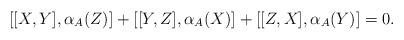
LaTeX: \begin{align*}[[X,Y],\alpha_A(Z)]+[[Y,Z],\alpha_A(X)]+[[Z,X],\alpha_A(Y)]=0.\end{align*}